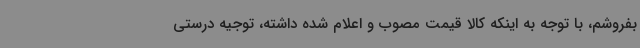
بفروشم، با توجه به اینکه کالا قیمت مصوب و اعلام شده داشته، توجیه درستی